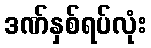
ဒဏ်နှစ်ရပ်လုံး